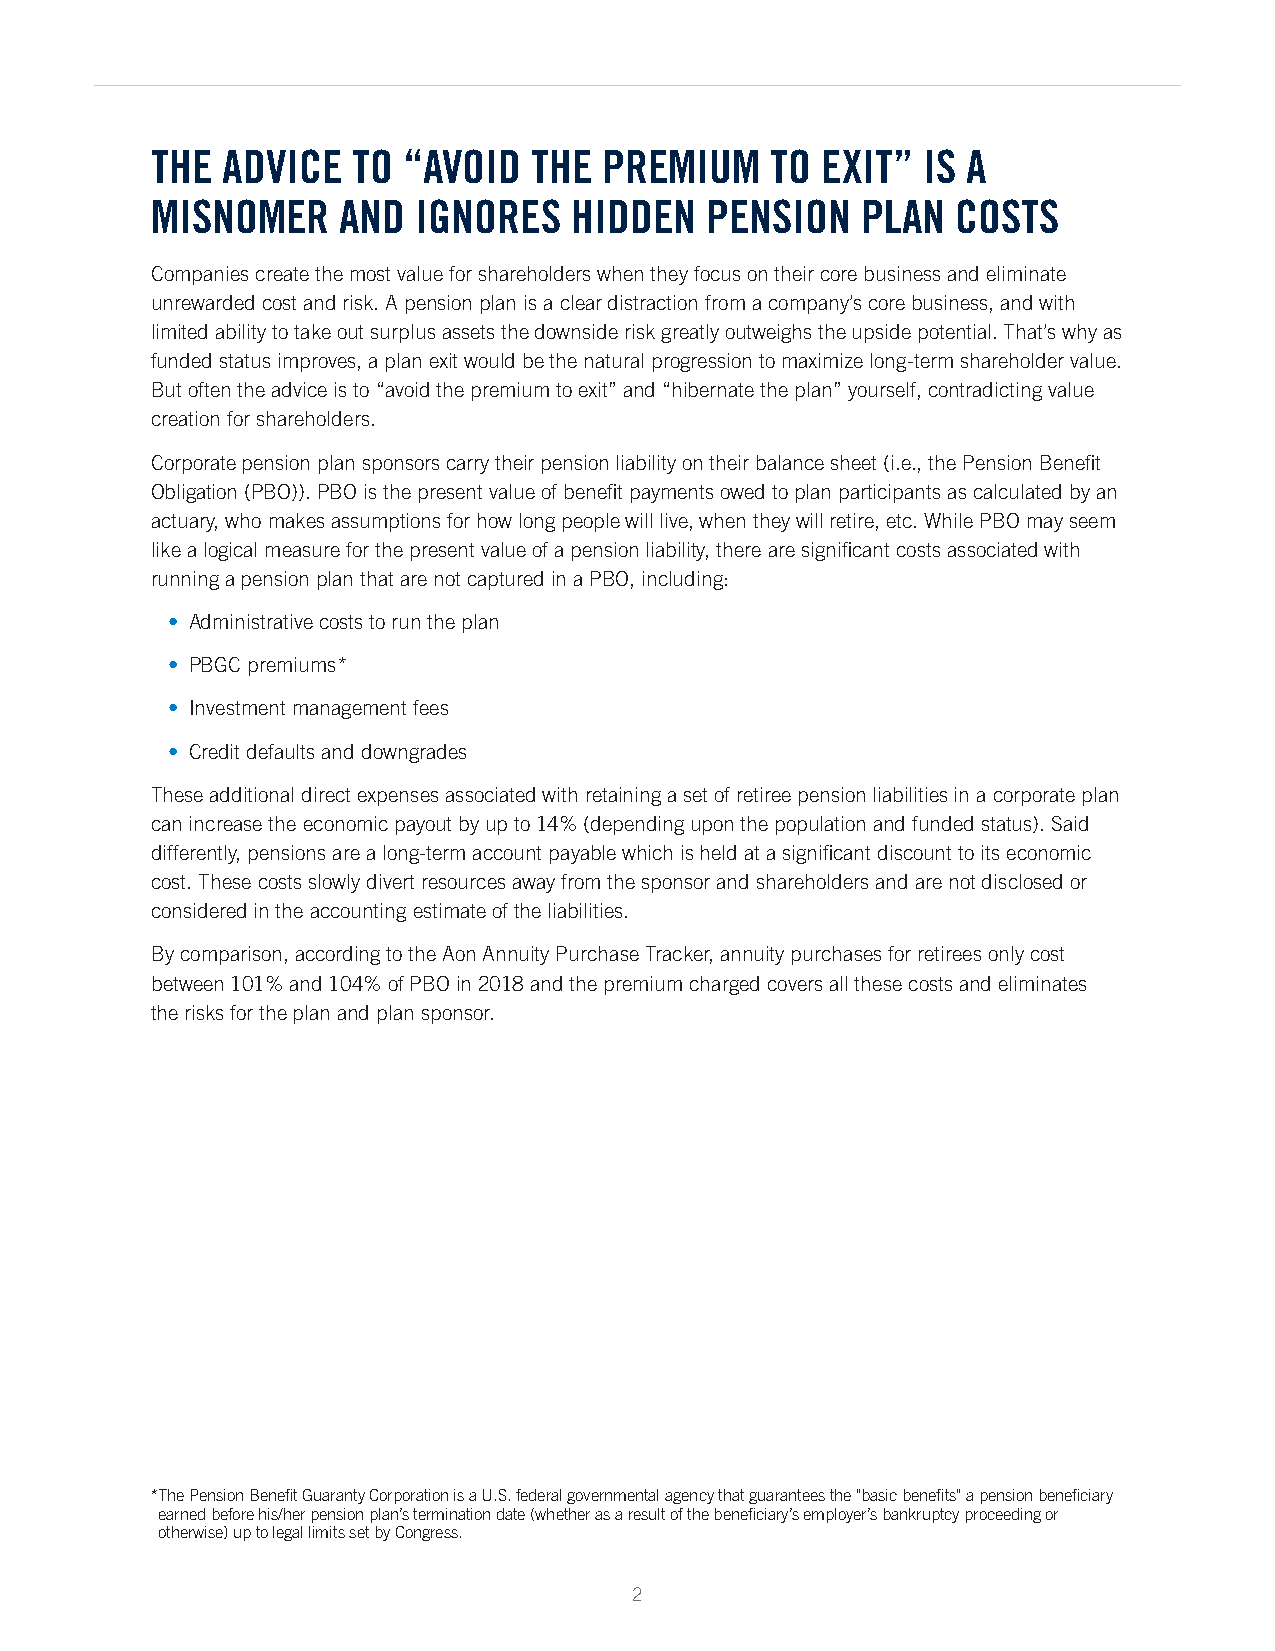
THE  ADVICE  TO  “AVOID  THE  PREMIUM    TO EXIT”  IS A
 MISNOMER    AND   IGNORES   HIDDEN   PENSION   PLAN  COSTS
 Companies create the most value for shareholders when they focus on their core business and eliminate
 unrewarded cost and risk. A pension plan is a clear distraction from a company’s core business, and with
 limited ability to take out surplus assets the downside risk greatly outweighs the upside potential. That’s why as
 funded status improves, a plan exit would be the natural progression to maximize long-term shareholder value.
 But often the advice is to “avoid the premium to exit” and “hibernate the plan” yourself, contradicting value
 creation for shareholders.
 Corporate pension plan sponsors carry their pension liability on their balance sheet (i.e., the Pension Benefit
 Obligation (PBO)). PBO is the present value of benefit payments owed to plan participants as calculated by an
 actuary, who makes assumptions for how long people will live, when they will retire, etc. While PBO may seem
 like a logical measure for the present value of a pension liability, there are significant costs associated with
 running a pension plan that are not captured in a PBO, including:
 • Administrative costs to run the plan
 • PBGC premiums*
 • Investment management fees
 • Credit defaults and downgrades
 These additional direct expenses associated with retaining a set of retiree pension liabilities in a corporate plan
 can increase the economic payout by up to 14% (depending upon the population and funded status). Said
 differently, pensions are a long-term account payable which is held at a significant discount to its economic
 cost. These costs slowly divert resources away from the sponsor and shareholders and are not disclosed or
 considered in the accounting estimate of the liabilities.
 By comparison, according to the Aon Annuity Purchase Tracker, annuity purchases for retirees only cost
 between 101% and 104% of PBO in 2018 and the premium charged covers all these costs and eliminates
 the risks for the plan and plan sponsor.
 *T he Pension Benefit Guaranty Corporation is a U.S. federal governmental agency that guarantees the "basic benefits" a pension beneficiary
 earned before his/her pension plan’s termination date (whether as a result of the beneficiary’s employer’s bankruptcy proceeding or
 otherwise) up to legal limits set by Congress.
 2